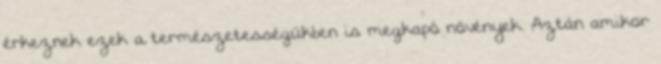
érkeznek ezek a természetességükben is megkapó növények. Aztán amikor